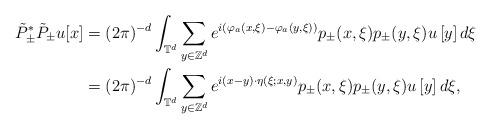
LaTeX: \begin{align*}\tilde P_\pm^* \tilde P_\pm u[x]&=(2\pi)^{-d}\int_{\mathbb{T}^d}\sum_{y\in\mathbb{Z}^d} e^{i(\varphi_a(x,\xi)-\varphi_a(y,\xi))}p_\pm(x,\xi)p_\pm(y,\xi)u\left[y\right]d\xi \\&=(2\pi)^{-d}\int_{\mathbb{T}^d}\sum_{y\in\mathbb{Z}^d} e^{i(x-y)\cdot\eta(\xi;x,y)}p_\pm(x,\xi)p_\pm(y,\xi)u\left[y\right]d\xi,\end{align*}